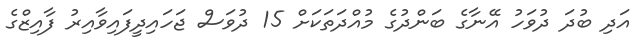
އަދި ބުދަ ދުވަހު އޭނާގެ ބަންދުގެ މުއްދަތަކަށް 15 ދުވަސް ޖަހައިދީފައިވާއިރު ފާއިޒްގެ